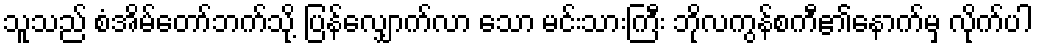
သူသည် စံအိမ်တော်ဘက်သို့ ပြန်လျှောက်လာ သော မင်းသားကြီး ဘိုလကွန်စကီ၏နောက်မှ လိုက်ပါ